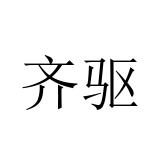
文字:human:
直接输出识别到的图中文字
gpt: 齐驱